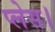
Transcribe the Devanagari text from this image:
प्‍लेस।